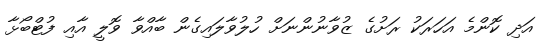
އަދި ކޮންމެ އަހަރަކު ރަށުގެ ޒުވާނުންނަށް ހުލުވާލައިގެން ބާއްވާ ވޮލީ އާއި ފުޓްބޯޅާ